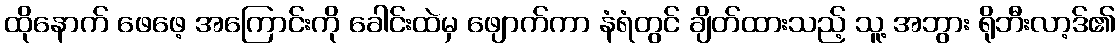
ထိုနောက် ဖေဖေ့ အကြောင်းကို ခေါင်းထဲမှ ဖျောက်ကာ နံရံတွင် ချိတ်ထားသည့် သူ့ အဘွား ရိုဘီးလာ့ဒ်၏